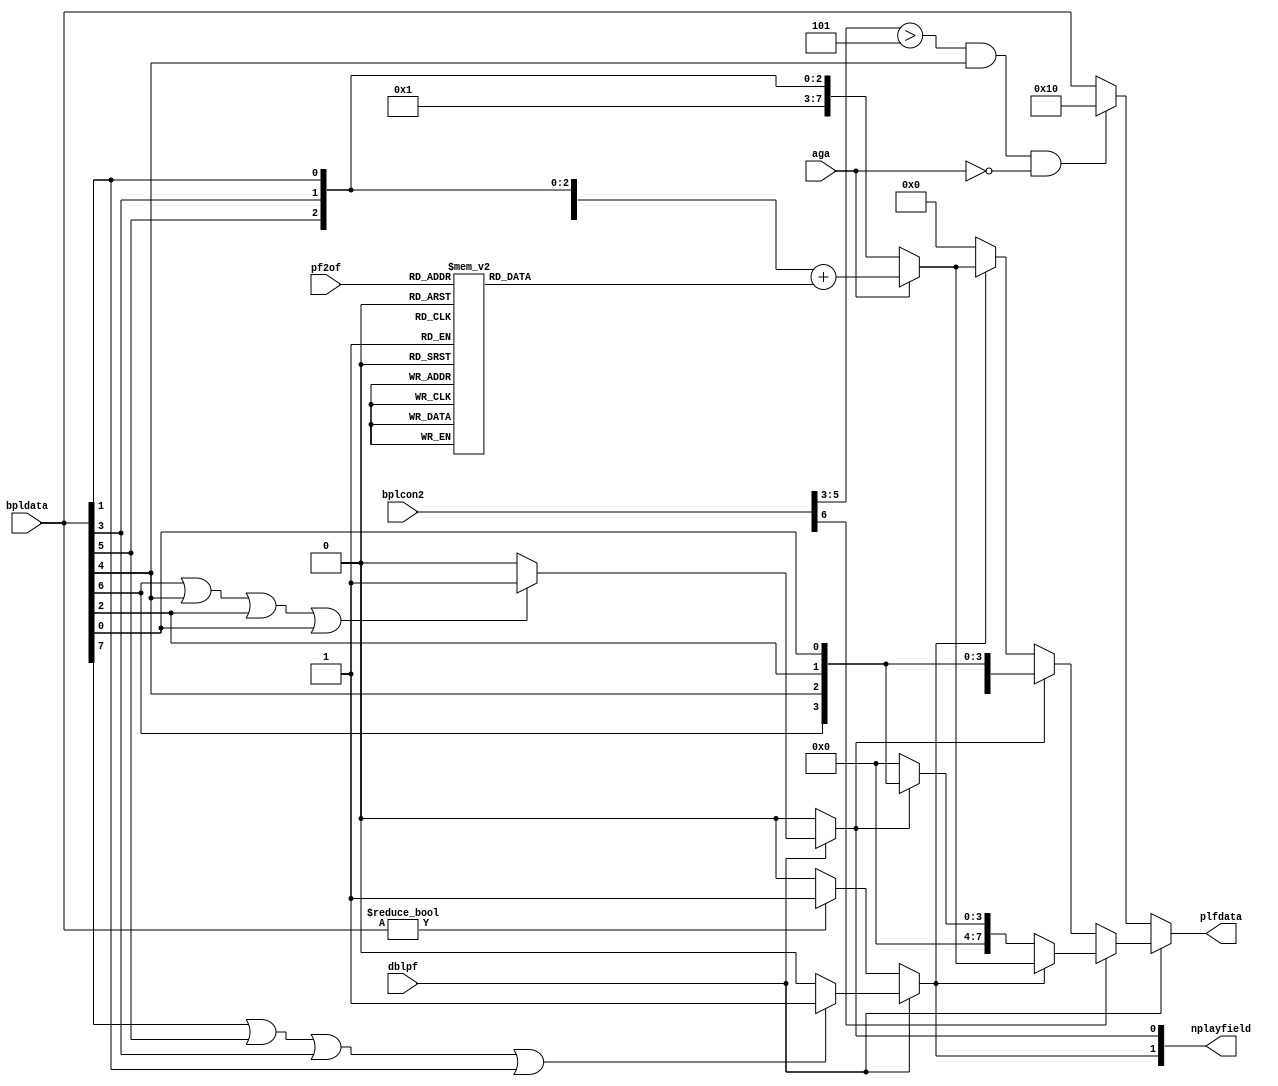
//This is the playfield engine.
//It takes the raw bitplane data and generates a
//single or dual playfield
//it also generated the nplayfield valid data signals which are needed
//by the main video priority logic in Denise


module denise_playfields
(
  input  aga,
  input   [8:1] bpldata,         //raw bitplane data in
  input   dblpf,             //double playfield select
  input [2:0] pf2of,        // playfield 2 offset into color table
  input  [6:0] bplcon2,      //bplcon2 (playfields priority)
  output  reg [2:1] nplayfield,  //playfield 1,2 valid data
  output  reg [7:0] plfdata    //playfield data out
);

//local signals
wire pf2pri;            //playfield 2 priority over playfield 1
wire [2:0] pf2p;          //playfield 2 priority code
reg [7:0] pf2of_val;    // playfield 2 offset value

assign pf2pri = bplcon2[6];
assign pf2p = bplcon2[5:3];

always @ (*) begin
  case(pf2of)
    3'd0 : pf2of_val = 8'd0;
    3'd1 : pf2of_val = 8'd2;
    3'd2 : pf2of_val = 8'd4;
    3'd3 : pf2of_val = 8'd8;
    3'd4 : pf2of_val = 8'd16;
    3'd5 : pf2of_val = 8'd32;
    3'd6 : pf2of_val = 8'd64;
    3'd7 : pf2of_val = 8'd128;
  endcase
end

//generate playfield 1,2 data valid signals
always @(*)
begin
  if (dblpf) //dual playfield
  begin
    if (bpldata[7] || bpldata[5] || bpldata[3] || bpldata[1]) //detect data valid for playfield 1
      nplayfield[1] = 1;
    else
      nplayfield[1] = 0;

    if (bpldata[8] || bpldata[6] || bpldata[4] || bpldata[2]) //detect data valid for playfield 2
      nplayfield[2] = 1;
    else
      nplayfield[2] = 0;
  end
  else //single playfield is always playfield 2
  begin
    nplayfield[1] = 0;
    if (bpldata[8:1]!=8'b000000)
      nplayfield[2] = 1;
    else
      nplayfield[2] = 0;
  end
end

//playfield 1 and 2 priority logic
always @(*)
begin
  if (dblpf) //dual playfield
  begin
    if (pf2pri) //playfield 2 (2,4,6) has priority
    begin
      if (nplayfield[2])
        if (aga)
          plfdata[7:0] = {4'b0000,bpldata[8],bpldata[6],bpldata[4],bpldata[2]} + pf2of_val;
        else
          plfdata[7:0] = {4'b0000,1'b1,bpldata[6],bpldata[4],bpldata[2]};
      else if (nplayfield[1])
        plfdata[7:0] = {4'b0000,bpldata[7],bpldata[5],bpldata[3],bpldata[1]};
      else //both planes transparant, select background color
        plfdata[7:0] = 8'b00000000;
    end
    else //playfield 1 (1,3,5) has priority
    begin
      if (nplayfield[1])
        plfdata[7:0] = {4'b0000,bpldata[7],bpldata[5],bpldata[3],bpldata[1]};
      else if (nplayfield[2])
        if (aga)
          plfdata[7:0] = {4'b0000,bpldata[8],bpldata[6],bpldata[4],bpldata[2]} + pf2of_val;
        else
          plfdata[7:0] = {4'b0000,1'b1,bpldata[6],bpldata[4],bpldata[2]};
      else //both planes transparent, select background color
        plfdata[7:0] = 8'b00000000;
    end
  end
  else //normal single playfield (playfield 2 only)
  //OCS/ECS undocumented feature when bpu=5 and pf2pri>5 (Swiv score display)
    if ((pf2p>5) && bpldata[5] && !aga)
      plfdata[7:0] = {8'b00010000};
    else
      plfdata[7:0] = bpldata[8:1];
end


endmodule